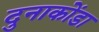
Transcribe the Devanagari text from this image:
दुनाकोंडा